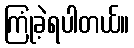
ကြုံခဲ့ရပါတယ်။